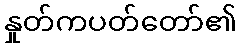
နှုတ်ကပတ်တော်၏